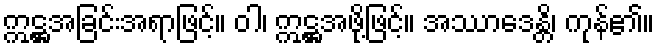
ဣဋ္ဌအခြင်းအရာဖြင့်။ ဝါ၊ ဣဋ္ဌအဖို့ဖြင့်။ အဿာဒေန္တိ၊ ကုန်၏။